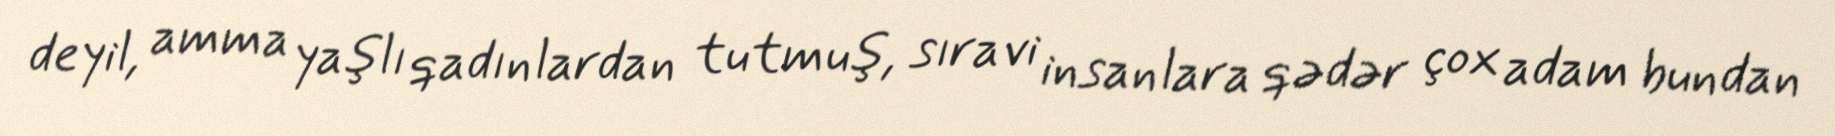
deyil, amma yaşlı qadınlardan tutmuş, sıravi insanlara qədər çox adam bundan